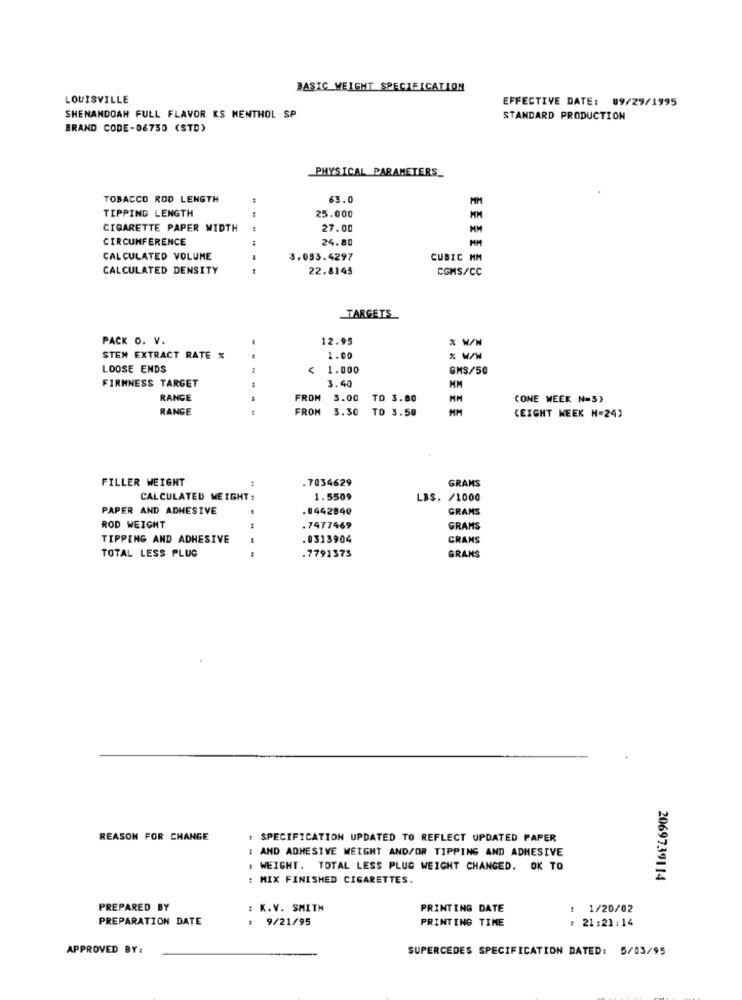
BASIC WEIGHT SPECIFICATION
LOUISVILLE
EFFECTIVE DATE: 09/29/1995
SHENANDOAH FULL FLAVOR KS MENTHOL SP
STANDARD PRODUCTION
BRAND CODE-06750 (STD)
PHYSICAL PARAMETERS_
TOBACCO ROD LENGTH
63.0
MM
TIPPING LENGTH
25.000
CIGARETTE PAPER WIDTH
27.00
CIRCUMFERENCE
24.80
CALCULATED VOLUME
3.083.4297
CUBIC MM
CALCULATED DENSITY
22.8145
CGMS/CC
TARGETS
PACK O. V.
12.95
STEN EXTRACT RATE %
1.00
* W/W
LOOSE ENDS
< 1.000
GMS/50
3.40
FIRMNESS TARGET
HM
RANGE
FROM
3.00
TO 3.80
(ONE WEEK N=5)
RANGE
FROM
3.30
TO 3.50
MM
(EIGHT WEEK N=24)
FILLER WEIGHT
.7034629
GRAMS
44
CALCULATED WEIGHT :
1.5509
LBS. /1000
PAPER AND ADHESIVE
.0442840
GRAMS
ROD WEIGHT
.7477469
GRAMS
TIPPING AND ADHESIVE
.0313904
CRANS
---
.7791373
TOTAL LESS PLUG
GRANS
REASON FOR CHANGE
: SPECIFICATION UPDATED TO REFLECT UPDATED PAPER
: AND ADHESIVE WEIGHT AND/OR TIPPING AND ADHESIVE
. WEIGHT. TOTAL LESS PLUG WEIGHT CHANGED. OK TO
: MIX FINISHED CIGARETTES.
2069739114
PREPARED BY
: K.V. SMITH
PRINTING DATE
: 1/20/02
PREPARATION DATE
: 9/21/95
PRINTING TIME
: 21:21:14
APPROVED BY:
SUPERCEDES SPECIFICATION DATED: 5/03/95